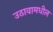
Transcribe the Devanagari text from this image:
उठावामधील